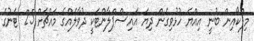
މިފްކޯއިން ބުނީ އިއްޔެ ހުޅުވިގެން ދިޔަ އައިސްޕްލާންޓަކީ ދުވާލެއްގެ މައްޗަށް 25 ޓަނުގެ